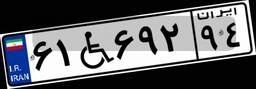
۴۸W۱۰۵۷۴